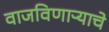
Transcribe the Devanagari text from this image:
वाजविणाऱ्याचे